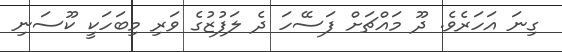
ގިނަ އަހަރެވެ. ދޫ މައްޗަށް ފަސޭހަ ދެ ލަފުޒުގެ ވަރި މިބަހަކީ ކޫސަނި